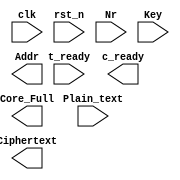
module Encrypt_Core (
  input clk,
  input rst_n,
  input t_ready,
  input [127:0]Plain_text,
  input [3:0]Nr,
  input [128:0]Key,
  output [5:0]Addr,
  output Core_Full,
  output c_ready,
  output [127:0]Ciphertext
);

endmodule